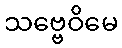
သဗ္ဗေဝိမေ